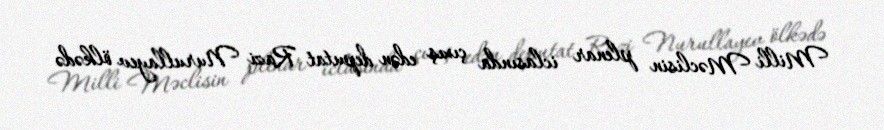
Milli Məclisin plenar iclasında çıxış edən deputat Razi Nurullayev ölkədə